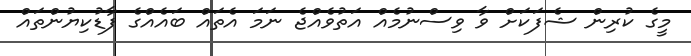
މީގެ ކުރިން ޝެފަކަށް ވާ ވިސްނުމެއް އަތުވެއްޖެ ނަމަ އެތައް ބައެއްގެ ފާޑުކިޔުންތައް